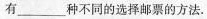
有___种不同的选择邮票的方法。